Scottish Leaving Certificate Examination, 1955
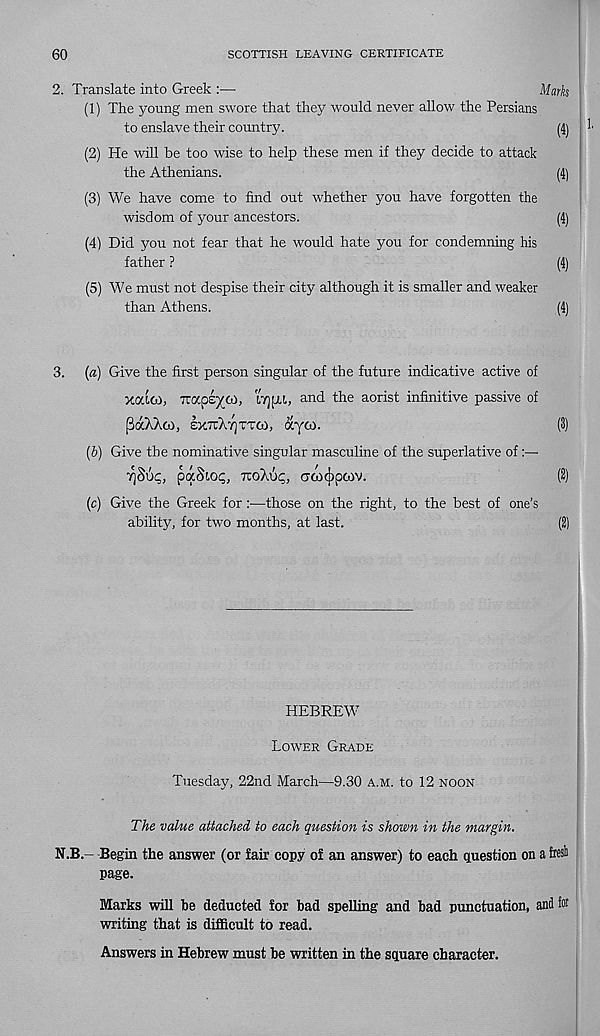
60
SCOTTISH LEAVING CERTIFICATE
2. Translate into Greek :—•
Marks
(1) The young men swore that they would never allow the Persians
to enslave their country.
(4)
(2) He will be too wise to help these men if they decide to attack
the Athenians.
(4)
(3) We have come to find out whether you have forgotten the
wisdom of your ancestors.
(4)
(4) Did you not fear that he would hate you for condemning his
father ?
(4)
(5) We must not despise their city although it is smaller and weaker
than Athens.
(4)
3. (a) Give the first person singular of the future indicative active of
XOCICO, Trape^co, LTjpa, and the aorist infinitive passive of
(3dcXAco, exttXtjttco, ayco.
(3)
(b) Give the nominative singular masculine of the superlative of
paSiop, tcoA4;,
(2)
(c) Give the Greek for:—those on the right, to the best of one’s
ability, for two months, at last.
(2)
HEBREW
.
Lower Grade
Tuesday, 22nd March—9.30 a.m. to 12 noon
The value attached to each question is shown in the margin.
N.B.- -Begin the answer (or fair copy of an answer) to each question on a fresb
page.
Marks will be deducted for bad spelling and bad punctuation, and for
writing that is difficult to read.
Answers in Hebrew must be written in the square character.